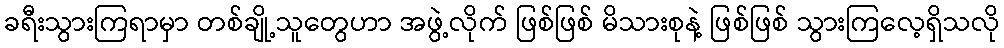
ခရီးသွားကြရာမှာ တစ်ချို့သူတွေဟာ အဖွဲ့လိုက် ဖြစ်ဖြစ် မိသားစုနဲ့ ဖြစ်ဖြစ် သွားကြလေ့ရှိသလို